Civil Veterinary Department. Madras. Admin. report 1910-25 - 1910-1925
Year: 1910
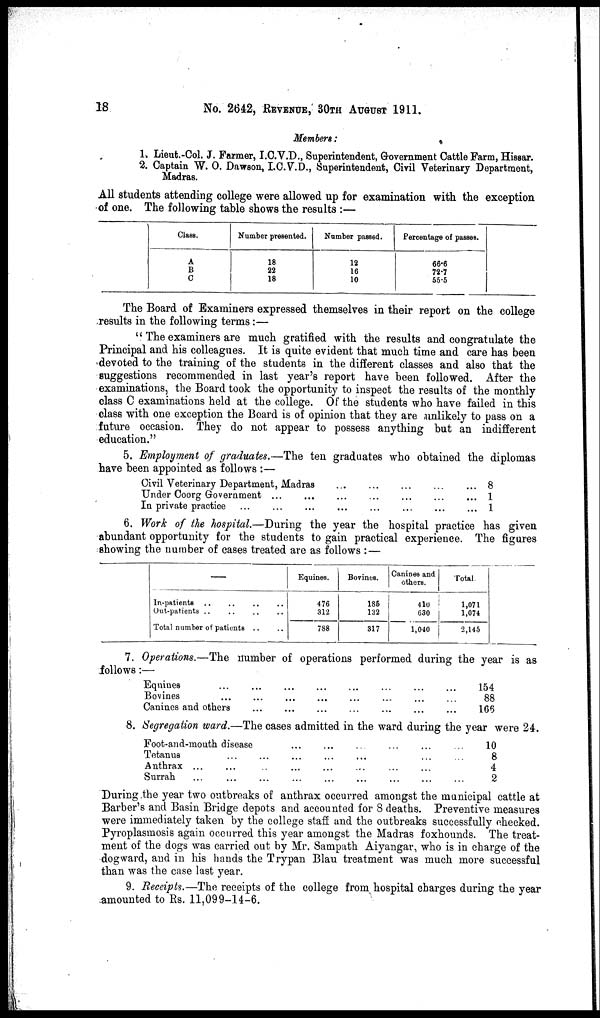
18
No. 2642, REVENUE, 30TH AUGUST 1911.
Members:
1. Lieut.-Col. J. Farmer, I.C.V.D., Superintendent, Government Cattle Farm, Hissar.
2. Captain W.O. Dawson, I.C.V.D., Superintendent, Civil Veterinary Department,
Madras.
All students attending college were allowed up for examination with the exception
of one. The following table shows the results :—
Class.
A
B
C
Number presented.
18
22
18
Number passed.
12
16
10
Percentage of passes.
66.6
72.7
55.5
The Board of Examiners expressed themselves in their report on the college
results in the following terms:—
"The examiners are much gratified with the results and congratulate the
Principal and his colleagues. It is quite evident that much time and care has been
devoted to the training of the students in the different classes and also that the
suggestions recommended in last year's report have been followed. After the
examinations, the Board took the opportunity to inspect the results of the monthly
class C examinations held at the college. Of the students who have failed in this
class with one exception the Board is of opinion that they are unlikely to pass on a
future occasion. They do not appear to possess anything but an indifferent
education."
5. Employment of graduates.—The ten graduates who obtained the diplomas
have been appointed as follows :—
Civil Veterinary Department, Madras ... ...
Under Coorg Government ... ... ...
In private practice ...
8
1
1
6. Work of the hospital.—During the year the hospital practice has given
abundant opportunity for the students to gain practical experience. The figures
showing the number of cases treated are as follows :—
—
In-patients ... ... ... ...
Out-patients ... ... ...
Total number of patients .. ..
Equines.
476
312
788
Bovines.
186
132
817
Canines and
others.
410
630
1,040
Total
1,071
1,074
2,145
7. Operations.—The number of operations performed during the year is as
follows:—
Equines
...
...
...
...
Bovines
...
...
...
...
Canines and others ... ... ... ... ...
154
88
106
8. Segregation ward.—The cases admitted in the ward during the year were 24.
Foot-and-mouth disease
...
...
...
...
...
Tetanus
...
...
...
...
Anthrax ... ... ... ... ... ...
Surrah
...
...
...
...
...
...
...
...
10
8
4
2
During the year two outbreaks of anthrax occurred amongst the municipal cattle at
Barber's and Basin Bridge depots and accounted for 8 deaths. Preventive measures
were immediately taken by the college staff and the outbreaks successfully checked.
Pyroplasmosis again occurred this year amongst the Madras foxhounds. The treat-
ment of the dogs was carried out by Mr. Sampath Aiyangar, who is in charge of the
dogward, and in his hands the Trypan Blau treatment was much more successful
than was the case last year.
9. Receipts.—The receipts of the college from hospital charges during the year
amounted to Rs. 11,099-14-6.